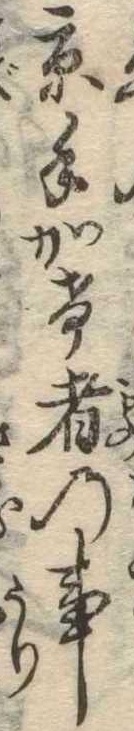
京手かけ者の事